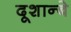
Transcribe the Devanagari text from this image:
दूशान्बे